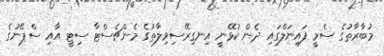
މުބާރާތުގެ ސެމީ ފައިނަލްގައި ދެން ކުޅޭނީ އިނގިރޭސިވިލާތުގެ މެންޗެސްޓާ ސިޓީ އާއި ސްޕޭނުގެ